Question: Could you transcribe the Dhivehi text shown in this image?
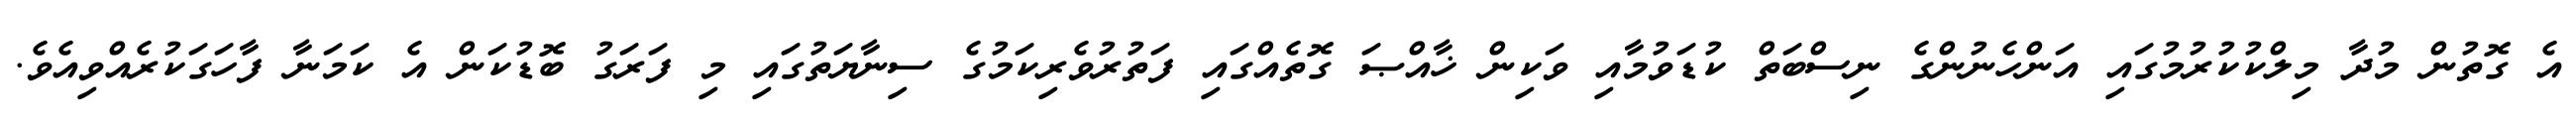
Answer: އެ ގޮތުން މުދާ މިލްކުކުރުމުގައި އަންހެނުންގެ ނިސްބަތް ކުޑަވުމާއި ވަކިން ޚާއްޞަ ގޮތެއްގައި ފަތުރުވެރިކަމުގެ ސިނާޔަތުގައި މި ފަރަގު ބޮޑުކަން އެ ކަމަނާ ފާހަގަކުރެއްވިއެވެ.